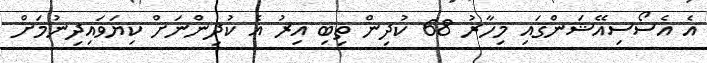
އެ އެސޯސިއޭޝަންގައި މިހާރު 68 ކުދިން ތިބި އިރު އެ ކުދިންނަށް ކިޔަވައިދިނުމަށް